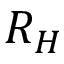
R _ { H }